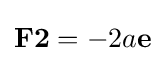
\mathbf {F2} =-2a\mathbf {e}